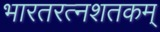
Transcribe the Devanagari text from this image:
भारतरत्नशतकम्